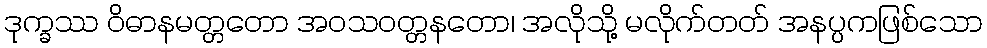
ဒုက္ခဿ ဝိဓာနမတ္တတော အဝသဝတ္တနတော၊ အလိုသို့ မလိုက်တတ် အနပ္ပကဖြစ်သော